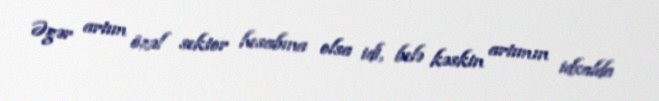
Əgər artım özəl sektor hesabına olsa idi, belə kəskin artımın idxalda